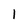
Character: 1